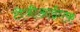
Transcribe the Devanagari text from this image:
टीजीआईएफ़